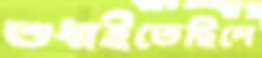
শুধাইতেছিলে